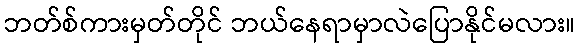
ဘတ်စ်ကားမှတ်တိုင် ဘယ်နေရာမှာလဲပြောနိုင်မလား။